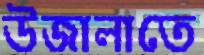
উজালাতে